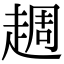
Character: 䞴